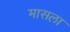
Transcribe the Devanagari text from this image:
मासला